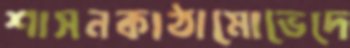
শাসনকাঠামোভেদে